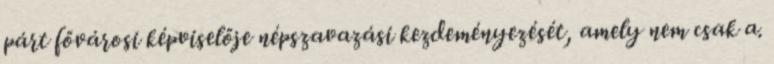
párt fővárosi képviselője népszavazási kezdeményezését, amely nem csak a.